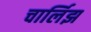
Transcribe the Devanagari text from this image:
चार्लिझ